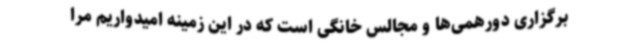
برگزاری دورهمی‌ها و مجالس خانگی است که در این زمینه امیدواریم مرا